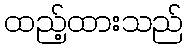
ထည့်ထားသည်